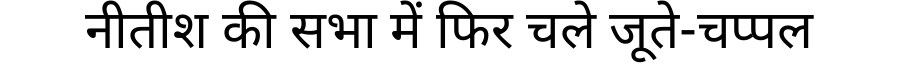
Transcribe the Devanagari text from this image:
नीतीश की सभा में फिर चले जूते-चप्पल